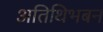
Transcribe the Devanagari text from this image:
अतिथिभबन